Senior Leaving Certificate Examination (including Day School Certificate (Higher) General paper), 1947
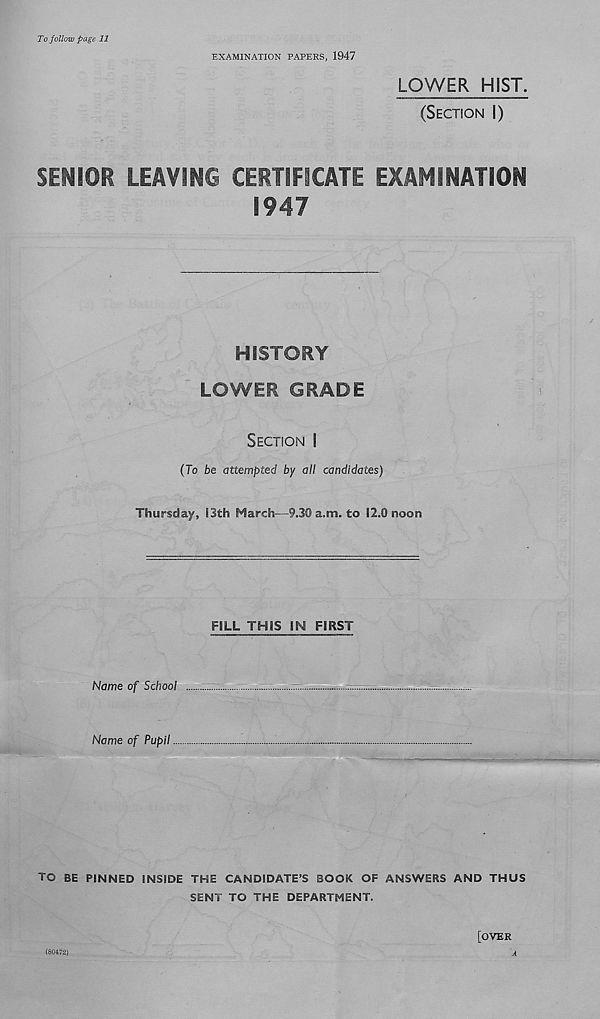
To follow page 11
EXAMINATION PAPERS, 1947
LOWER HIST.
(SECTION I)
SENIOR LEAVING CERTIFICATE EXAMINATION
1947
HISTORY
LOWER GRADE
SECTION I
(To be attempted by all candidates)
Thursday, S3th March—9.30 a,m. to 12.0 noon
FILL THIS IN FIRST
Name of School
-
Name of Pupil
TO BE PINNED INSIDE THE CANDIDATE’S BOOK OF ANSWERS AND THUS
SENT TO THE DEPARTMENT.
[OVER
(80472)
A